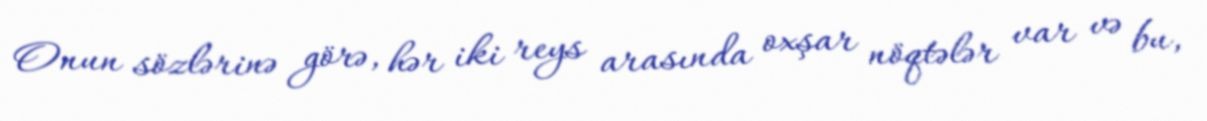
Onun sözlərinə görə, hər iki reys arasında oxşar nöqtələr var və bu,